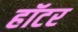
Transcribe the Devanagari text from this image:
हॉटर